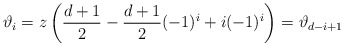
\begin{align*}\vartheta_i = z\left( \frac{d+1}{2} - \frac{d+1}{2}(-1)^i + i (-1)^i \right) =\vartheta_{d-i+1}\end{align*}